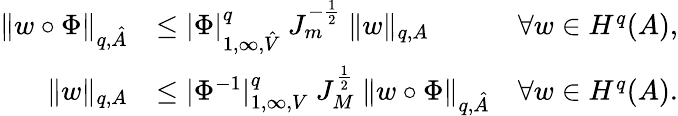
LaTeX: \begin{array}{rlr}{\| w\circ\Phi\| _{q,\hat{A}}}&{\leq|\Phi|_{1,\infty,\hat{V}}^{q}~J_{m}^{-\frac 12}~\| w\| _{q,A}}&{\forall w\in H^{q}(A),}\\ {\| w\| _{q,A}}&{\leq|\Phi^{-1}|_{1,\infty,V}^{q}~J_{M}^{\frac 12}~\| w\circ\Phi\| _{q,\hat{A}}}&{\forall w\in H^{q}(A).}\end{array}